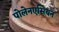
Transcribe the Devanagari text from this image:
पोलेनएसियन